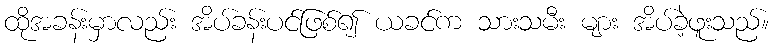
ထိုအခန်းမှာလည်း အိပ်ခန်းပင်ဖြစ်၍ ယခင်က သားသမီး များ အိပ်ခဲ့ဖူးသည်။